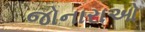
જોનારાઓ